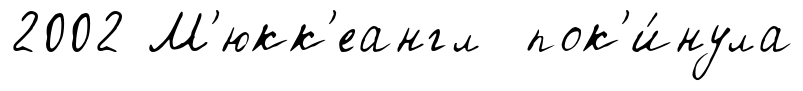
2002 М'юкк'еангл пок'и́нула